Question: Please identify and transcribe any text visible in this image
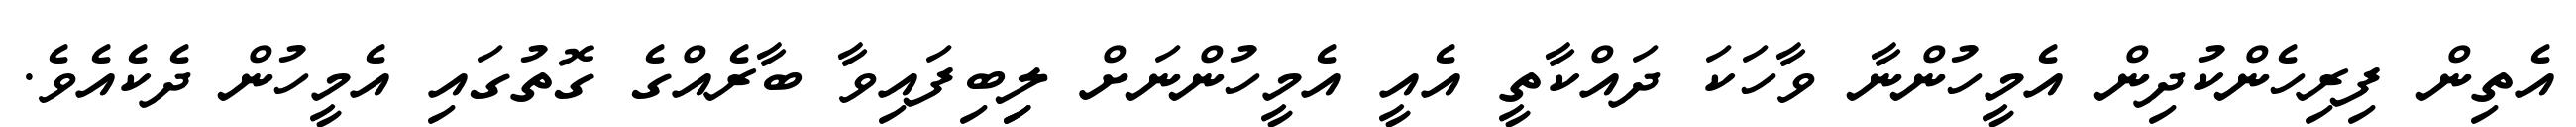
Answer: އެތިން ފިރިހެންކުދިން އެމީހުންނާ ވާހަކަ ދައްކާތީ އެއީ އެމީހުންނަށް ލިިބިފައިވާ ބާރެއްގެ ގޮތުގައި އެމީހުން ދެކެއެވެ.